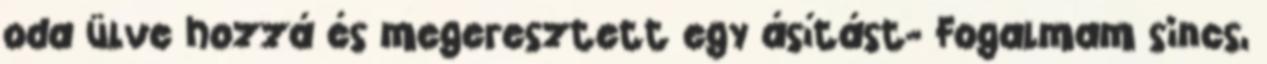
oda ülve hozzá és megeresztett egy ásítást- Fogalmam sincs,